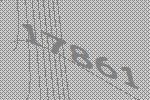
17861